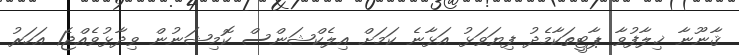
ޤާނޫނާ ޚިލާފުވާ ޕާޓީތަކާމެދު ފިޔަވަޅު އަޅާނެ ކަމަށް އިލެކްޝަންސް ކޮމިޝަނުން ވިދާޅުވެެއްޖެ1 އަހަރު